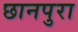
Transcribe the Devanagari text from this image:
छानपुरा